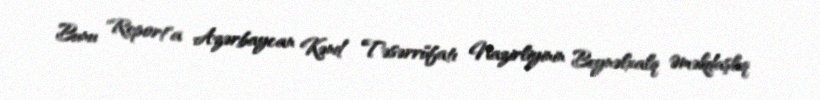
Bunu "Report"a Azərbaycan Kənd Təsərrüfatı Nazirliyinin Beynəlxalq Əməkdaşlıq